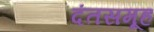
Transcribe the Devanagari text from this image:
दंतसमूह